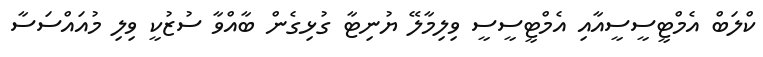
ކްލަބް އެމްޓީސީސީއާއި އެމްޓީސީސީ ވިލިމާލޭ ޔުނިޓާ ގުޅިގެން ބާއްވާ ސުޒުކީ ވިލި މުއައްސަސާ